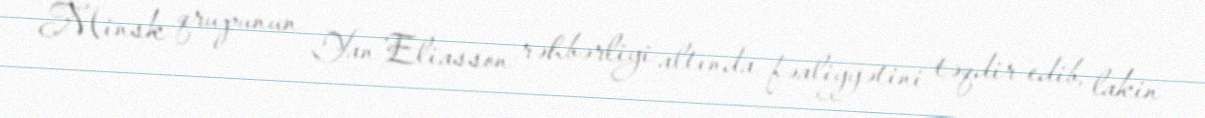
Minsk qrupunun Yan Eliasson rəhbərliyi altında fəaliyyətini təqdir edib, lakin